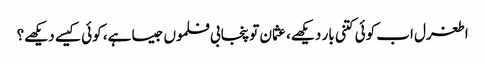
اطغرل اب کوئی کتنی بار دیکھے، عثمان تو پنجابی فلموں جیسا ہے، کوئی کیسے دیکھے؟